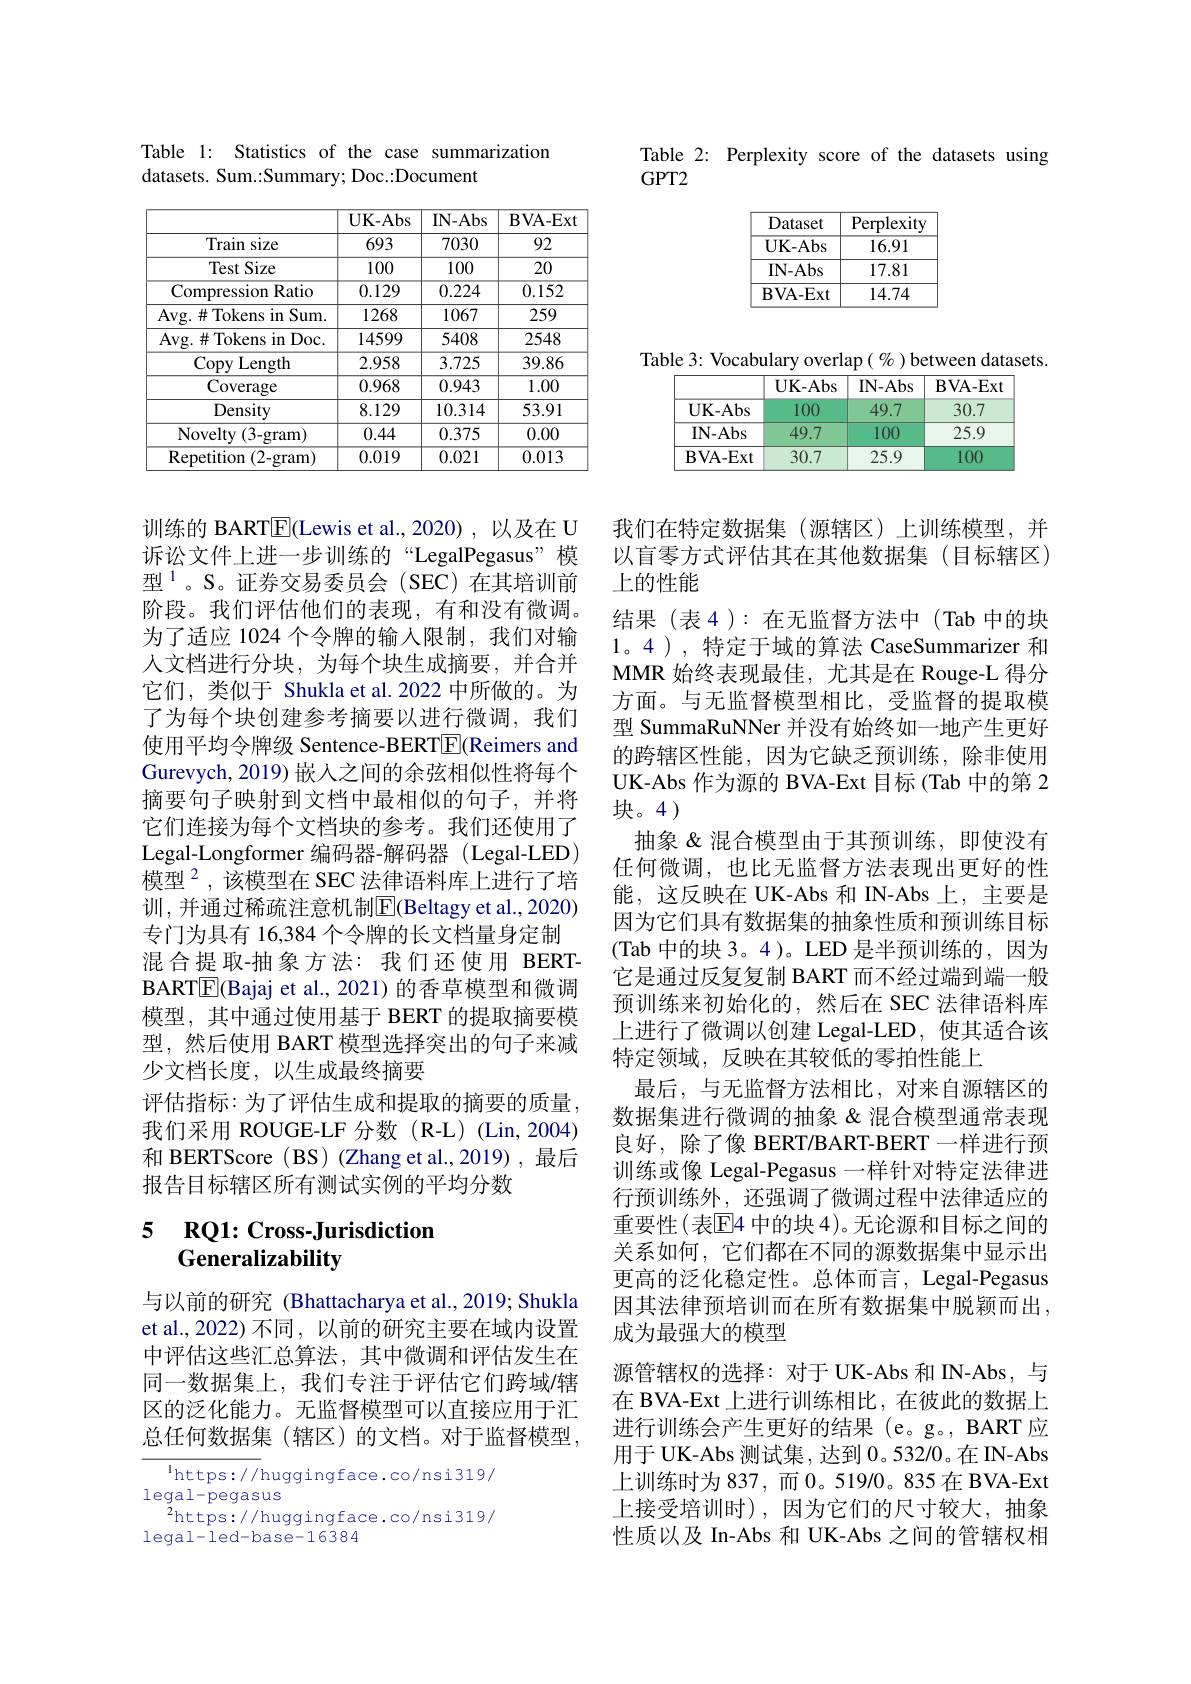
Table 2: Perplexity score of the datasets using
$GPT2$

Table 1: Statistics of the case summarization
datasets. Sum.:Summary; Doc.:Document

<table>
	<tbody>
		<tr>
			<th> </th>
			<th>$\mathbf{UK-Abs}$</th>
			<th>IN- Abs</th>
			<th>$\mathbf{BVA-Ext}$</th>
		</tr>
		<tr>
			<td>Train size</td>
			<td>693</td>
			<td>7030</td>
			<td>92</td>
		</tr>
		<tr>
			<td>Test Size</td>
			<td>100</td>
			<td>100</td>
			<td>20</td>
		</tr>
		<tr>
			<td>Compression Ratio</td>
			<td>0.129</td>
			<td>0.224</td>
			<td>0.152</td>
		</tr>
		<tr>
			<td>Avg. $\#$Tokens in Sum. </td>
			<td>1268</td>
			<td>1067</td>
			<td>259</td>
		</tr>
		<tr>
			<td>Avg. $\#$Tokens in Doc.</td>
			<td>14599</td>
			<td>5408</td>
			<td>2548</td>
		</tr>
		<tr>
			<td>Copy Length</td>
			<td>2.958</td>
			<td>3.725</td>
			<td>39.86</td>
		</tr>
		<tr>
			<td>Coverage</td>
			<td>0.968</td>
			<td>0.943</td>
			<td>1.00</td>
		</tr>
		<tr>
			<td>Density</td>
			<td>8.129</td>
			<td>10.314</td>
			<td>53.91</td>
		</tr>
		<tr>
			<td>Novelty ( 3- gram) </td>
			<td>0.44</td>
			<td>0.375</td>
			<td>0.00</td>
		</tr>
		<tr>
			<td>Repetition (2-gram)</td>
			<td>0.019</td>
			<td>0.021</td>
			<td>0.013</td>
		</tr>
	</tbody>
</table>

训练的 BART$\boxed{\mathrm{F}}($Lewis et al.,2020) , 以及在 U 诉讼文件上进一步训练的“LegalPegasus”模型$^{1}$。S。证券交易委员会(SEC)在其培训前阶段。我们评估他们的表现，有和没有微调。为了适应 1024 个令牌的输入限制，我们对输人文档进行分块，为每个块生成摘要，并合并它们，类似于 Shukla et al.2022 中所做的。为了为每个块创建参考摘要以进行微调，我们使用平均令牌级 Sentence-BERT[E](Reimers and Gurevych, 2019) 嵌入之间的余弦相似性将每个摘要句子映射到文档中最相似的句子，并将它们连接为每个文档块的参考。我们还使用了Legal-Longformer 编码器-解码器 (Legal-LED) 模型$^{2}$,该模型在 SEC 法律语料库上进行了培训，并通过稀疏注意机制$\overline{\mathrm{E}}($Beltagy et al.,2020) 专门为具有 16,384 个令牌的长文档量身定制
混合提取-抽象方法：我们还使用 BERTBARTE(Bajaj et al., 2021) 的香草模型和微调模型，其中通过使用基于 BERT 的提取摘要模型，然后使用 BART 模型选择突出的句子来减少文档长度，以生成最终摘要
评估指标：为了评估生成和提取的摘要的质量， 我们采用 ROUGE-LF 分数(R-L)(Lin,2004) 和 BERTScore ( BS) (Zhang et al.,2019),最后报告目标辖区所有测试实例的平均分数

## 5 RQ1: Cross-Jurisdiction Generalizability

与以前的研究 (Bhattacharya et al.,2019; Shukla et al.,2022) 不同，以前的研究主要在域内设置中评估这些汇总算法，其中微调和评估发生在同一数据集上，我们专注于评估它们跨域/辖区的泛化能力。无监督模型可以直接应用于汇总任何数据集(辖区)的文档。对于监督模型，

$^{1}$https://huggingface.co/nsi319/
legal-pegasus
$^2$https://huggingface.co/nsi319/
$legal-led-base-16384$

Table 3: Vocabulary overlap $(\%)$ between datasets.
<table>
	<tbody>
		<tr>
			<th> </th>
			<th>$\mathbf{UK-Abs}$</th>
			<th>IN- Abs</th>
			<th>$\mathbf{BVA-Ext}$</th>
		</tr>
		<tr>
			<td>$\mathbf{UK-Abs}$</td>
			<td>100</td>
			<td>49.7</td>
			<td>30.7</td>
		</tr>
		<tr>
			<td>IN- Abs</td>
			<td>49.7</td>
			<td>100</td>
			<td>25.9</td>
		</tr>
		<tr>
			<td>$\mathbf{BVA-Ext}$</td>
			<td>30.7</td>
			<td>25.9</td>
			<td>100</td>
		</tr>
	</tbody>
</table>

我们在特定数据集(源辖区)上训练模型，并以盲零方式评估其在其他数据集(目标辖区) 上的性能
结果(表4):在无监督方法中(Tab 中的块1。4 ), 特定于域的算法 CaseSummarizer 和MMR 始终表现最佳，尤其是在 Rouge-L 得分方面。与无监督模型相比，受监督的提取模型 SummaRuNNer 并没有始终如一地产生更好的跨辖区性能，因为它缺乏预训练，除非使用UK-Abs 作为源的 BVA-Ext 目标 (Tab 中的第 2块。4 )
抽象 &混合模型由于其预训练，即使没有任何微调，也比无监督方法表现出更好的性能，这反映在 UK-Abs 和 IN-Abs 上，主要是因为它们具有数据集的抽象性质和预训练目标(Tab 中的块 3。4)。LED 是半预训练的，因为它是通过反复复制 BART 而不经过端到端一般预训练来初始化的，然后在 SEC 法律语料库上进行了微调以创建 Legal-LED,使其适合该特定领域，反映在其较低的零拍性能上
最后，与无监督方法相比，对来自源辖区的数据集进行微调的抽象 &混合模型通常表现良好，除了像 BERT/BART-BERT 一样进行预训练或像 Legal-Pegasus 一样针对特定法律进行预训练外，还强调了微调过程中法律适应的重要性(表E4 中的块 4)。无论源和目标之间的关系如何，它们都在不同的源数据集中显示出更高的泛化稳定性。总体而言，Legal-Pegasus 因其法律预培训而在所有数据集中脱颖而出， 成为最强大的模型
源管辖权的选择：对于 UK-Abs 和 IN-Abs,与在 BVA-Ext 上进行训练相比，在彼此的数据上进行训练会产生更好的结果(e。g。, BART 应用于 UK-Abs 测试集，达到 0。532/0。在 IN-Abs 上训练时为 837, 而 0。519/0。835 在 BVA-Ext 上接受培训时),因为它们的尺寸较大，抽象性质以及 In-Abs 和 UK-Abs 之间的管辖权相